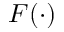
F ( \cdot )